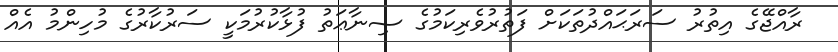
ރާއްޖޭގެ އިތުރު ސަރަޙައްދުތަކަށް ފަތުރުވެރިކަމުގެ ޞިނާޢަތު ފުޅާކުރުމަކީ ސަރުކާރުގެ މުހިންމު އެއް